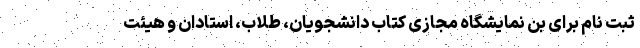
ثبت نام برای بن نمایشگاه مجازی کتاب دانشجویان، طلاب، استادان و هیئت